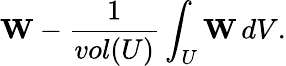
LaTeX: {\mathbf W}-\frac{1}{vol(U)}\int_{U}{\mathbf W}\, dV.